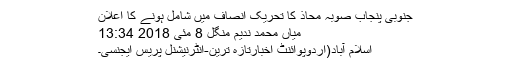
جنوبی پنجاب صوبہ محاذ کا تحریکِ انصاف میں شامل ہونے کا اعلان
میاں محمد ندیم منگل 8 مئی 2018 13:34
اسلام آباد(اردوپوائنٹ اخبارتازہ ترین-انٹرنیشنل پریس ایجنسی۔